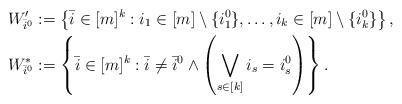
LaTeX: \begin{align*}&W_{\bar{i}^0}' := \left\{ \bar{i} \in [m]^k : i_1 \in [m] \setminus \{ i_1^0 \}, \ldots, i_k \in [m] \setminus \{i^0_k \} \right\},\\&W^*_{\bar{i}^0} := \left\{ \bar{i} \in [m]^k : \bar{i} \neq \bar{i}^0 \land \left( \bigvee_{s \in [k]} i_s = i_s^0 \right)\right\}.\end{align*}